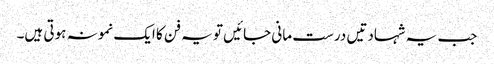
جب یہ شہادتیں درست مانی جائیں تو یہ فن کا ایک نمونہ ہوتی ہیں۔